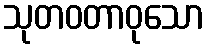
သုတဝတာဝုသော